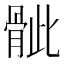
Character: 骴